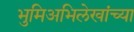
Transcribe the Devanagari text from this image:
भुमिअभिलेखांच्या